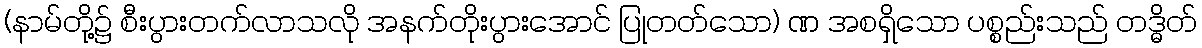
(နာမ်တို့၌ စီးပွားတက်လာသလို အနက်တိုးပွားအောင် ပြုတတ်သော) ဏ အစရှိသော ပစ္စည်းသည် တဒ္ဓိတ်